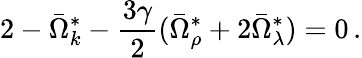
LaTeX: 2-\bar{\Omega}_{k}^{\ast}-\frac{3\gamma}{2}(\bar{\Omega}_{\rho}^{\ast}+2\bar{\Omega}_{\lambda}^{\ast})=0\, .